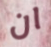
ان